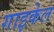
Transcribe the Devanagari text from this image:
गाइकेल